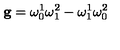
{ \bf g } = \omega _ { 0 } ^ { 1 } \omega _ { 1 } ^ { 2 } - \omega _ { 1 } ^ { 1 } \omega _ { 0 } ^ { 2 }